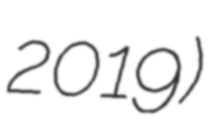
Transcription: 2019)